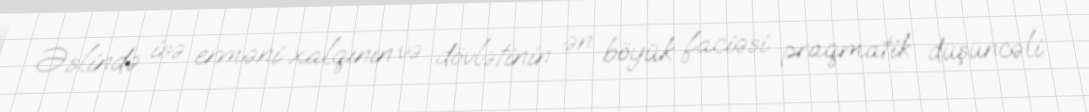
Əslində isə erməni xalqının və dövlətinin ən böyük faciəsi praqmatik düşüncəli